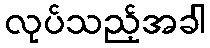
လုပ်သည့်အခါ